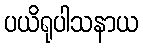
ပယိရုပါသနာယ